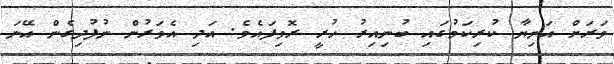
ވަރަށް އަނިޔާ ކުރިކަމުގައި ބުނިއިރު ހުރީ ރޮވިފައެވެ. އަދި އެވަރުން ނުފުދިގެން އޭނަ